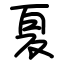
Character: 夏